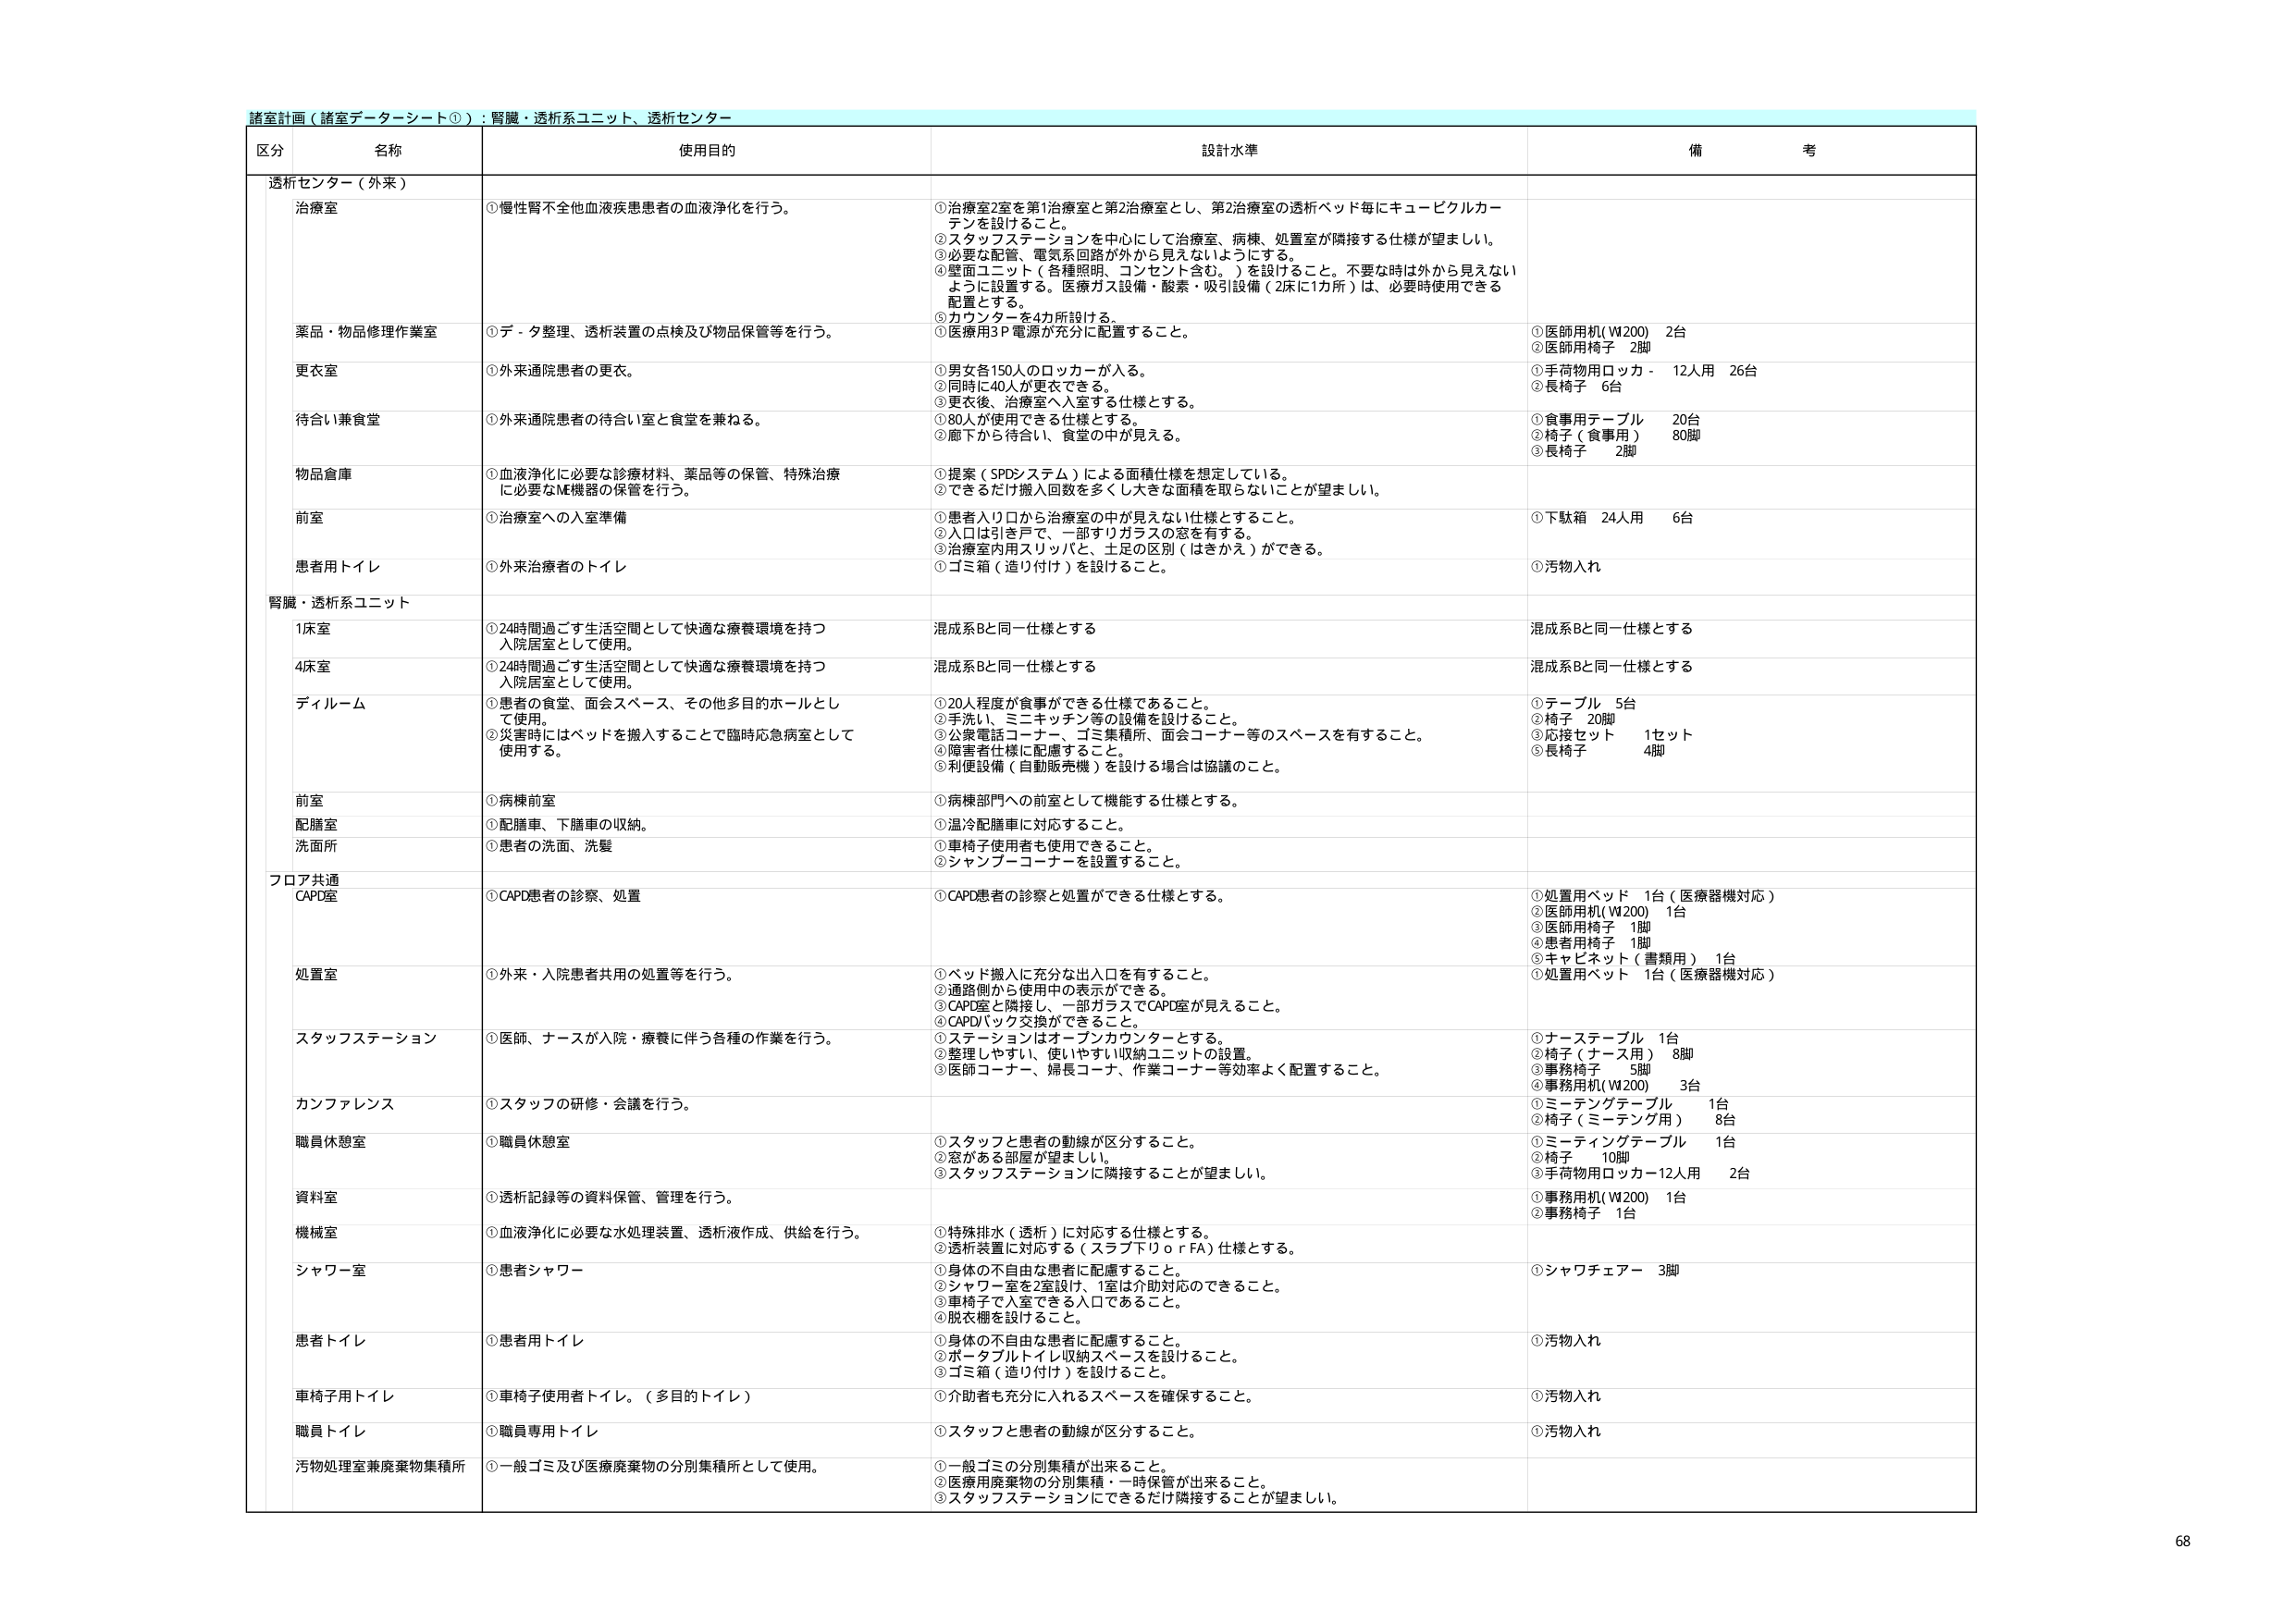
諸室計画（諸室データシート①）：腎臓・透析系ユニット、透析センター

区分 名称 使用目的 設計水準 備考

透析センター（外来）
治療室 ①慢性腎不全他血液疾患患者の血液浄化を行う。 ①治療室2室を第1治療室と第2治療室とし、第2治療室の透析ベッド毎にキュービクルカーテンを設けること。 ②スタッフステーションを中心にして治療室、病棟、処置室が隣接する仕様が望ましい。 ③必要な配管、電気系回路が外から見えないようにする。 ④壁面ユニット（各種照明、コンセント含む。）を設けること。不要な時は外から見えないように設置する。医療ガス設備・酸素・吸引設備（2床に1カ所）は、必要時使用できる配置とする。 ⑤カウンターを4カ所設ける。
薬品・物品修理作業室 ①デ・夕整理、透析装置の点検及び物品保管等を行う。 ①医療用3P電源が充分に配置すること。 ①医師用机（W200） 2台 ②医師用椅子 2脚
更衣室 ①外来通院患者の更衣。 ①男女各150人のロッカーが入る。 ②同時に40人が更衣できる。 ③更衣後、治療室へ入室する仕様とする。 ①手荷物用ロッカー 12人用 26台 ②長椅子 6台
待合い兼食堂 ①外来通院患者の待合い室と食堂を兼ねる。 ①80人が使用できる仕様とする。 ②廊下から待合い、食堂の中が見える。 ①食事用テーブル 20台 ②椅子（食事用） 80脚 ③長椅子 2脚
物品倉庫 ①血液浄化に必要な診療材料、薬品等の保管、特殊治療に必要なME機器の保管を行う。 ①提案（SPDシステム）による面積仕様を想定している。 ②できるだけ搬入回数を多くし大きな面積を取らないことが望ましい。
前室 ①治療室への入室準備 ①患者入り口から治療室の中が見えない仕様とすること。 ②入口は引き戸で、一部すりガラスの窓を有する。 ③治療室内用スリッパと、土足の区別（はきかえ）ができる。 ①下駄箱 24人用 6台
患者用トイレ ①外来治療者のトイレ ①ゴミ箱（造り付け）を設けること。 ①汚物入れ

腎臓・透析系ユニット
1床室 ①24時間過ごす生活空間として快適な療養環境を持つ入院居室として使用。 混成系Bと同一仕様とする 混成系Bと同一仕様とする
4床室 ①24時間過ごす生活空間として快適な療養環境を持つ入院居室として使用。 混成系Bと同一仕様とする 混成系Bと同一仕様とする
ディールーム ①患者の食堂、面会スペース、その他多目的ホールとして使用。 ②災害時にはベッドを搬入することで臨時応急病室として使用する。 ①20人程度が食事ができる仕様であること。 ②手洗い、ミニキッチン等の設備を設けること。 ③公衆電話コーナー、ゴミ集積所、面会コーナー等のスペースを有すること。 ④障害者仕様に配慮すること。 ⑤利便設備（自動販売機）を設ける場合は協議のこと。 ①テーブル 5台 ②椅子 20脚 ③応接セット 1セット ⑤長椅子 4脚
前室 ①病棟前室 ①病棟部門への前室として機能する仕様とする。
配膳室 ①配膳車、下膳車の収納。 ①温冷配膳車に対応すること。
洗面所 ①患者の洗面、洗髪 ①車椅子使用者も使用できること。 ②シャンプーコーナーを設置すること。

フロア共通
CAPD室 ①CAPD患者の診察、処置 ①CAPD患者の診察と処置ができる仕様とする。 ①処置用ベッド 1台（医療器機対応） ②医師用机（W200） 1台 ③医師用椅子 1脚 ④患者用椅子 1脚 ⑤キャビネット（書類用） 1台
処置室 ①外来・入院患者共用の処置等を行う。 ①ベッド搬入に充分な出入口を有すること。 ②通路側から使用中の表示ができる。 ③CAPD室と隣接し、一部ガラスでCAPD室が見えること。 ④CAPDバック交換ができること。 ①処置用ベッド 1台（医療器機対応）
スタッフステーション ①医師、ナースが入院・療養に伴う各種の作業を行う。 ①ステーションはオープンカウンターとする。 ②整理しやすい、使いやすい収納ユニットの設置。 ③医師コーナー、婦長コーナー、作業コーナー等効率よく配置すること。 ①ナーステーブル 1台 ②椅子（ナース用） 8脚 ③事務椅子 5脚 ④事務用机（W200） 3台
カンファレンス ①スタッフの研修・会議を行う。 ①ミーティングテーブル 1台 ②椅子（ミーティング用） 8台
職員休憩室 ①職員休憩室 ①スタッフと患者の動線が区分すること。 ②窓がある部屋が望ましい。 ③スタッフステーションに隣接することが望ましい。 ①ミーティングテーブル 1台 ②椅子 10脚 ③手荷物用ロッカー12人用 2台
資料室 ①透析記録等の資料保管、管理を行う。 ①事務用机（W200） 1台 ②事務椅子 1台
機械室 ①血液浄化に必要な水処理装置、透析液作成、供給を行う。 ①特殊排水（透析）に対応する仕様とする。 ②透析装置に対応する（スラブ下リロｒＦＡ）仕様とする。
シャワー室 ①患者シャワー ①身体の不自由な患者に配慮すること。 ②シャワー室を2室設け、1室は介助対応のできること。 ③車椅子で入室できる入口であること。 ④脱衣棚を設けること。 ①シャワチェアー 3脚
患者トイレ ①患者用トイレ ①身体の不自由な患者に配慮すること。 ②ポータブルトイレ収納スペースを設けること。 ③ゴミ箱（造り付け）を設けること。 ①汚物入れ
車椅子用トイレ ①車椅子使用者トイレ。（多目的トイレ） ①介助者も充分に入れるスペースを確保すること。 ①汚物入れ
職員トイレ ①職員専用トイレ ①スタッフと患者の動線が区分すること。 ①汚物入れ
汚物処理室兼廃棄物集積所 ①一般ゴミ及び医療廃棄物の分別集積所として使用。 ①一般ゴミの分別集積が出来ること。 ②医療用廃棄物の分別集積・一時保管が出来ること。 ③スタッフステーションにできるだけ隣接することが望ましい。

68